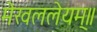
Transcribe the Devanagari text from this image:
मेखललेयम्॥